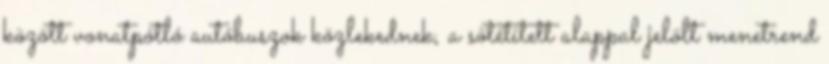
között vonatpótló autóbuszok közlekednek, a sötétített alappal jelölt menetrend